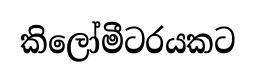
කිලෝමීටරයකට